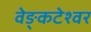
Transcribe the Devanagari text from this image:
वेङ्कटेश्वर